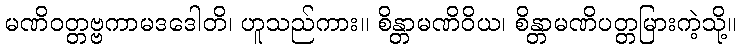
မဏိဝတ္တဗ္ဗကာမဒဒေါတိ၊ ဟူသည်ကား။ စိန္တာမဏိဝိယ၊ စိန္တာမဏိပတ္တမြားကဲ့သို့။